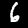
Label: 6